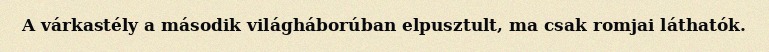
A várkastély a második világháborúban elpusztult, ma csak romjai láthatók.